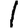
Digit: 1